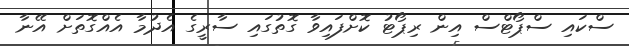
ސްކައި ސްޕޯޓްސް އިން ރިޕޯޓު ކޮށްފައިވާ ގޮތުގައި ސާރީގެ އެދުމާ އެއްގޮތަށް އޭނާ